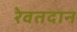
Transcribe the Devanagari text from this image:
रेवतदान